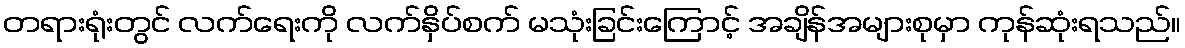
တရားရုံးတွင် လက်ရေးကို လက်နှိပ်စက် မသုံးခြင်းကြောင့် အချိန်အများစုမှာ ကုန်ဆုံးရသည်။